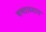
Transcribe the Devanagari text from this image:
षष्ठाध्याय